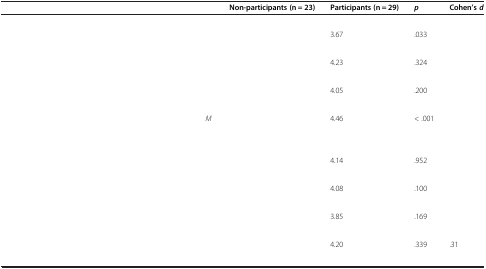
<table><thead><tr><td>[EMPTY_CELL]</td><td>[EMPTY_CELL]</td><td><b>Non-participants (n = 23)</b></td><td><b>Participants (n = 29)</b></td><td><b><i>p</i></b></td><td><b>Cohen’s <i>d</i></b></td></tr></thead><tbody><tr><td>[EMPTY_CELL]</td><td>[EMPTY_CELL]</td><td>[EMPTY_CELL]</td><td>[EMPTY_CELL]</td><td>[EMPTY_CELL]</td><td>[EMPTY_CELL]</td></tr><tr><td rowspan="2">[EMPTY_CELL]</td><td>[EMPTY_CELL]</td><td>[EMPTY_CELL]</td><td>3.67</td><td rowspan="2">.033</td><td rowspan="2">[EMPTY_CELL]</td></tr><tr><td>[EMPTY_CELL]</td><td>[EMPTY_CELL]</td><td>[EMPTY_CELL]</td></tr><tr><td rowspan="2">[EMPTY_CELL]</td><td>[EMPTY_CELL]</td><td>[EMPTY_CELL]</td><td>4.23</td><td rowspan="2">.324</td><td rowspan="2">[EMPTY_CELL]</td></tr><tr><td>[EMPTY_CELL]</td><td>[EMPTY_CELL]</td><td>[EMPTY_CELL]</td></tr><tr><td rowspan="2">[EMPTY_CELL]</td><td>[EMPTY_CELL]</td><td>[EMPTY_CELL]</td><td>4.05</td><td rowspan="2">.200</td><td rowspan="2">[EMPTY_CELL]</td></tr><tr><td>[EMPTY_CELL]</td><td>[EMPTY_CELL]</td><td>[EMPTY_CELL]</td></tr><tr><td rowspan="2">[EMPTY_CELL]</td><td><i>M</i></td><td>[EMPTY_CELL]</td><td>4.46</td><td rowspan="2">&lt; .001</td><td rowspan="2">[EMPTY_CELL]</td></tr><tr><td>[EMPTY_CELL]</td><td>[EMPTY_CELL]</td><td>[EMPTY_CELL]</td></tr><tr><td>[EMPTY_CELL]</td><td>[EMPTY_CELL]</td><td>[EMPTY_CELL]</td><td>[EMPTY_CELL]</td><td>[EMPTY_CELL]</td><td>[EMPTY_CELL]</td></tr><tr><td rowspan="2">[EMPTY_CELL]</td><td>[EMPTY_CELL]</td><td>[EMPTY_CELL]</td><td>4.14</td><td rowspan="2">.952</td><td rowspan="2">[EMPTY_CELL]</td></tr><tr><td>[EMPTY_CELL]</td><td>[EMPTY_CELL]</td><td>[EMPTY_CELL]</td></tr><tr><td rowspan="2">[EMPTY_CELL]</td><td>[EMPTY_CELL]</td><td>[EMPTY_CELL]</td><td>4.08</td><td rowspan="2">.100</td><td rowspan="2">[EMPTY_CELL]</td></tr><tr><td>[EMPTY_CELL]</td><td>[EMPTY_CELL]</td><td>[EMPTY_CELL]</td></tr><tr><td rowspan="2">[EMPTY_CELL]</td><td>[EMPTY_CELL]</td><td>[EMPTY_CELL]</td><td>3.85</td><td rowspan="2">.169</td><td rowspan="2">[EMPTY_CELL]</td></tr><tr><td>[EMPTY_CELL]</td><td>[EMPTY_CELL]</td><td>[EMPTY_CELL]</td></tr><tr><td rowspan="2">[EMPTY_CELL]</td><td>[EMPTY_CELL]</td><td>[EMPTY_CELL]</td><td>4.20</td><td rowspan="2">.339</td><td rowspan="2">.31</td></tr><tr><td>[EMPTY_CELL]</td><td>[EMPTY_CELL]</td><td>[EMPTY_CELL]</td></tr></tbody></table>